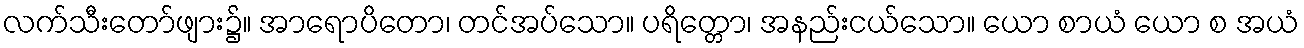
လက်သီးတော်ဖျား၌။ အာရောပိတော၊ တင်အပ်သော။ ပရိတ္တော၊ အနည်းငယ်သော။ ယော စာယံ ယော စ အယံ